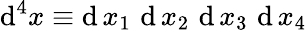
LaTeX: \operatorname{\mathrm{d}}^{4}x\equiv\operatorname{\mathrm{d}}x_{1}\, \operatorname{\mathrm{d}}x_{2}\, \operatorname{\mathrm{d}}x_{3}\, \operatorname{\mathrm{d}}x_{4}